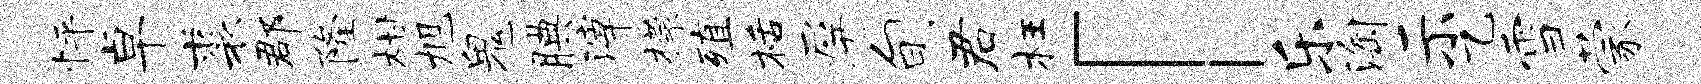
怦卓裘郡隆柑旭鬼腆滓檬殖栝屏旬君枉「乐淘示乙雪蒙